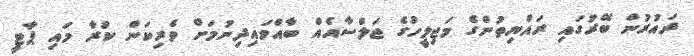
ދައުރުން ބޭރުގައި ރައްޔިތުންގެ މަޖިލީހުގެ ޖަލްސާއެއް ބާއްވައިދިނުމަށް ވެރިކަން ކުރާ މައި ޕާޓީ